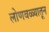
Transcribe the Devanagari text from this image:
लोणवळ्यातून